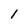
Character: 1